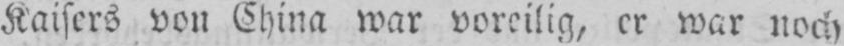
Kaisers von China war voreilig, er war noch